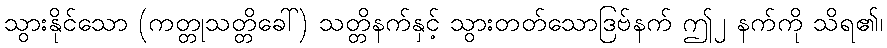
သွားနိုင်သော (ကတ္တုသတ္တိခေါ်) သတ္တိနက်နှင့် သွားတတ်သောဒြဗ်နက် ဤ၂ နက်ကို သိရ၏၊